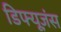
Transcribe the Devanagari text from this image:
डिफ्यूज़ंस